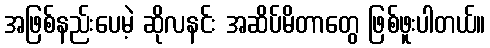
အဖြစ်နည်းပေမဲ့ ဆိုလနင်း အဆိပ်မိတာတွေ ဖြစ်ဖူးပါတယ်။